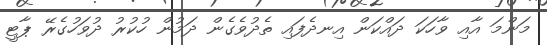
މަންމަ އާއި ވާހަކަ ދައްކަން އިނދެފައި ތެދުވެގެން ދަމުން ހުކުރު ދުވަހުގެރޭ ޕާޓީ